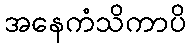
အနေကံသိကာပိ